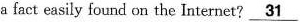
a fact easily found on the Internet? \underline{31}